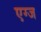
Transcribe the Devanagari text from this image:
एग्ज